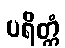
ပရိတ္တံ